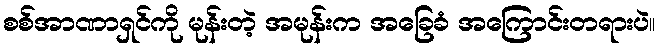
စစ်အာဏာရှင်ကို မုန်းတဲ့ အမုန်းက အခြေခံ အကြောင်းတရားပဲ။